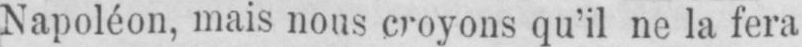
Napoléon, mais nous croyons qu’il ne la fera